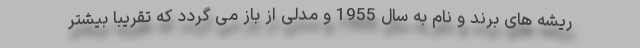
ریشه های برند و نام به سال 1955 و مدلی از باز می گردد که تقریبا بیشتر